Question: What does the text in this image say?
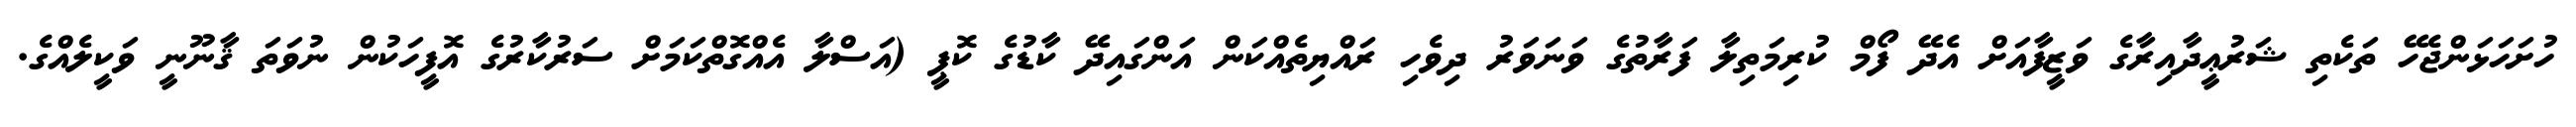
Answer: ހުށަހަޅަންޖެހޭ ތަކެތި ޝަރުޢީދާއިރާގެ ވަޒީފާއަށް އެދޭ ފޯމް ކުރިމަތިލާ ފަރާތުގެ ވަނަވަރު ދިވެހި ރައްޔިތެއްކަން އަންގައިދޭ ކާޑުގެ ކޮޕީ (އަސްލާ އެއްގޮތްކަމަށް ސަރުކާރުގެ އޮފީހަކުން ނުވަތަ ޤާނޫނީ ވަކީލެއްގެ.